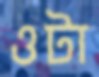
ওটা